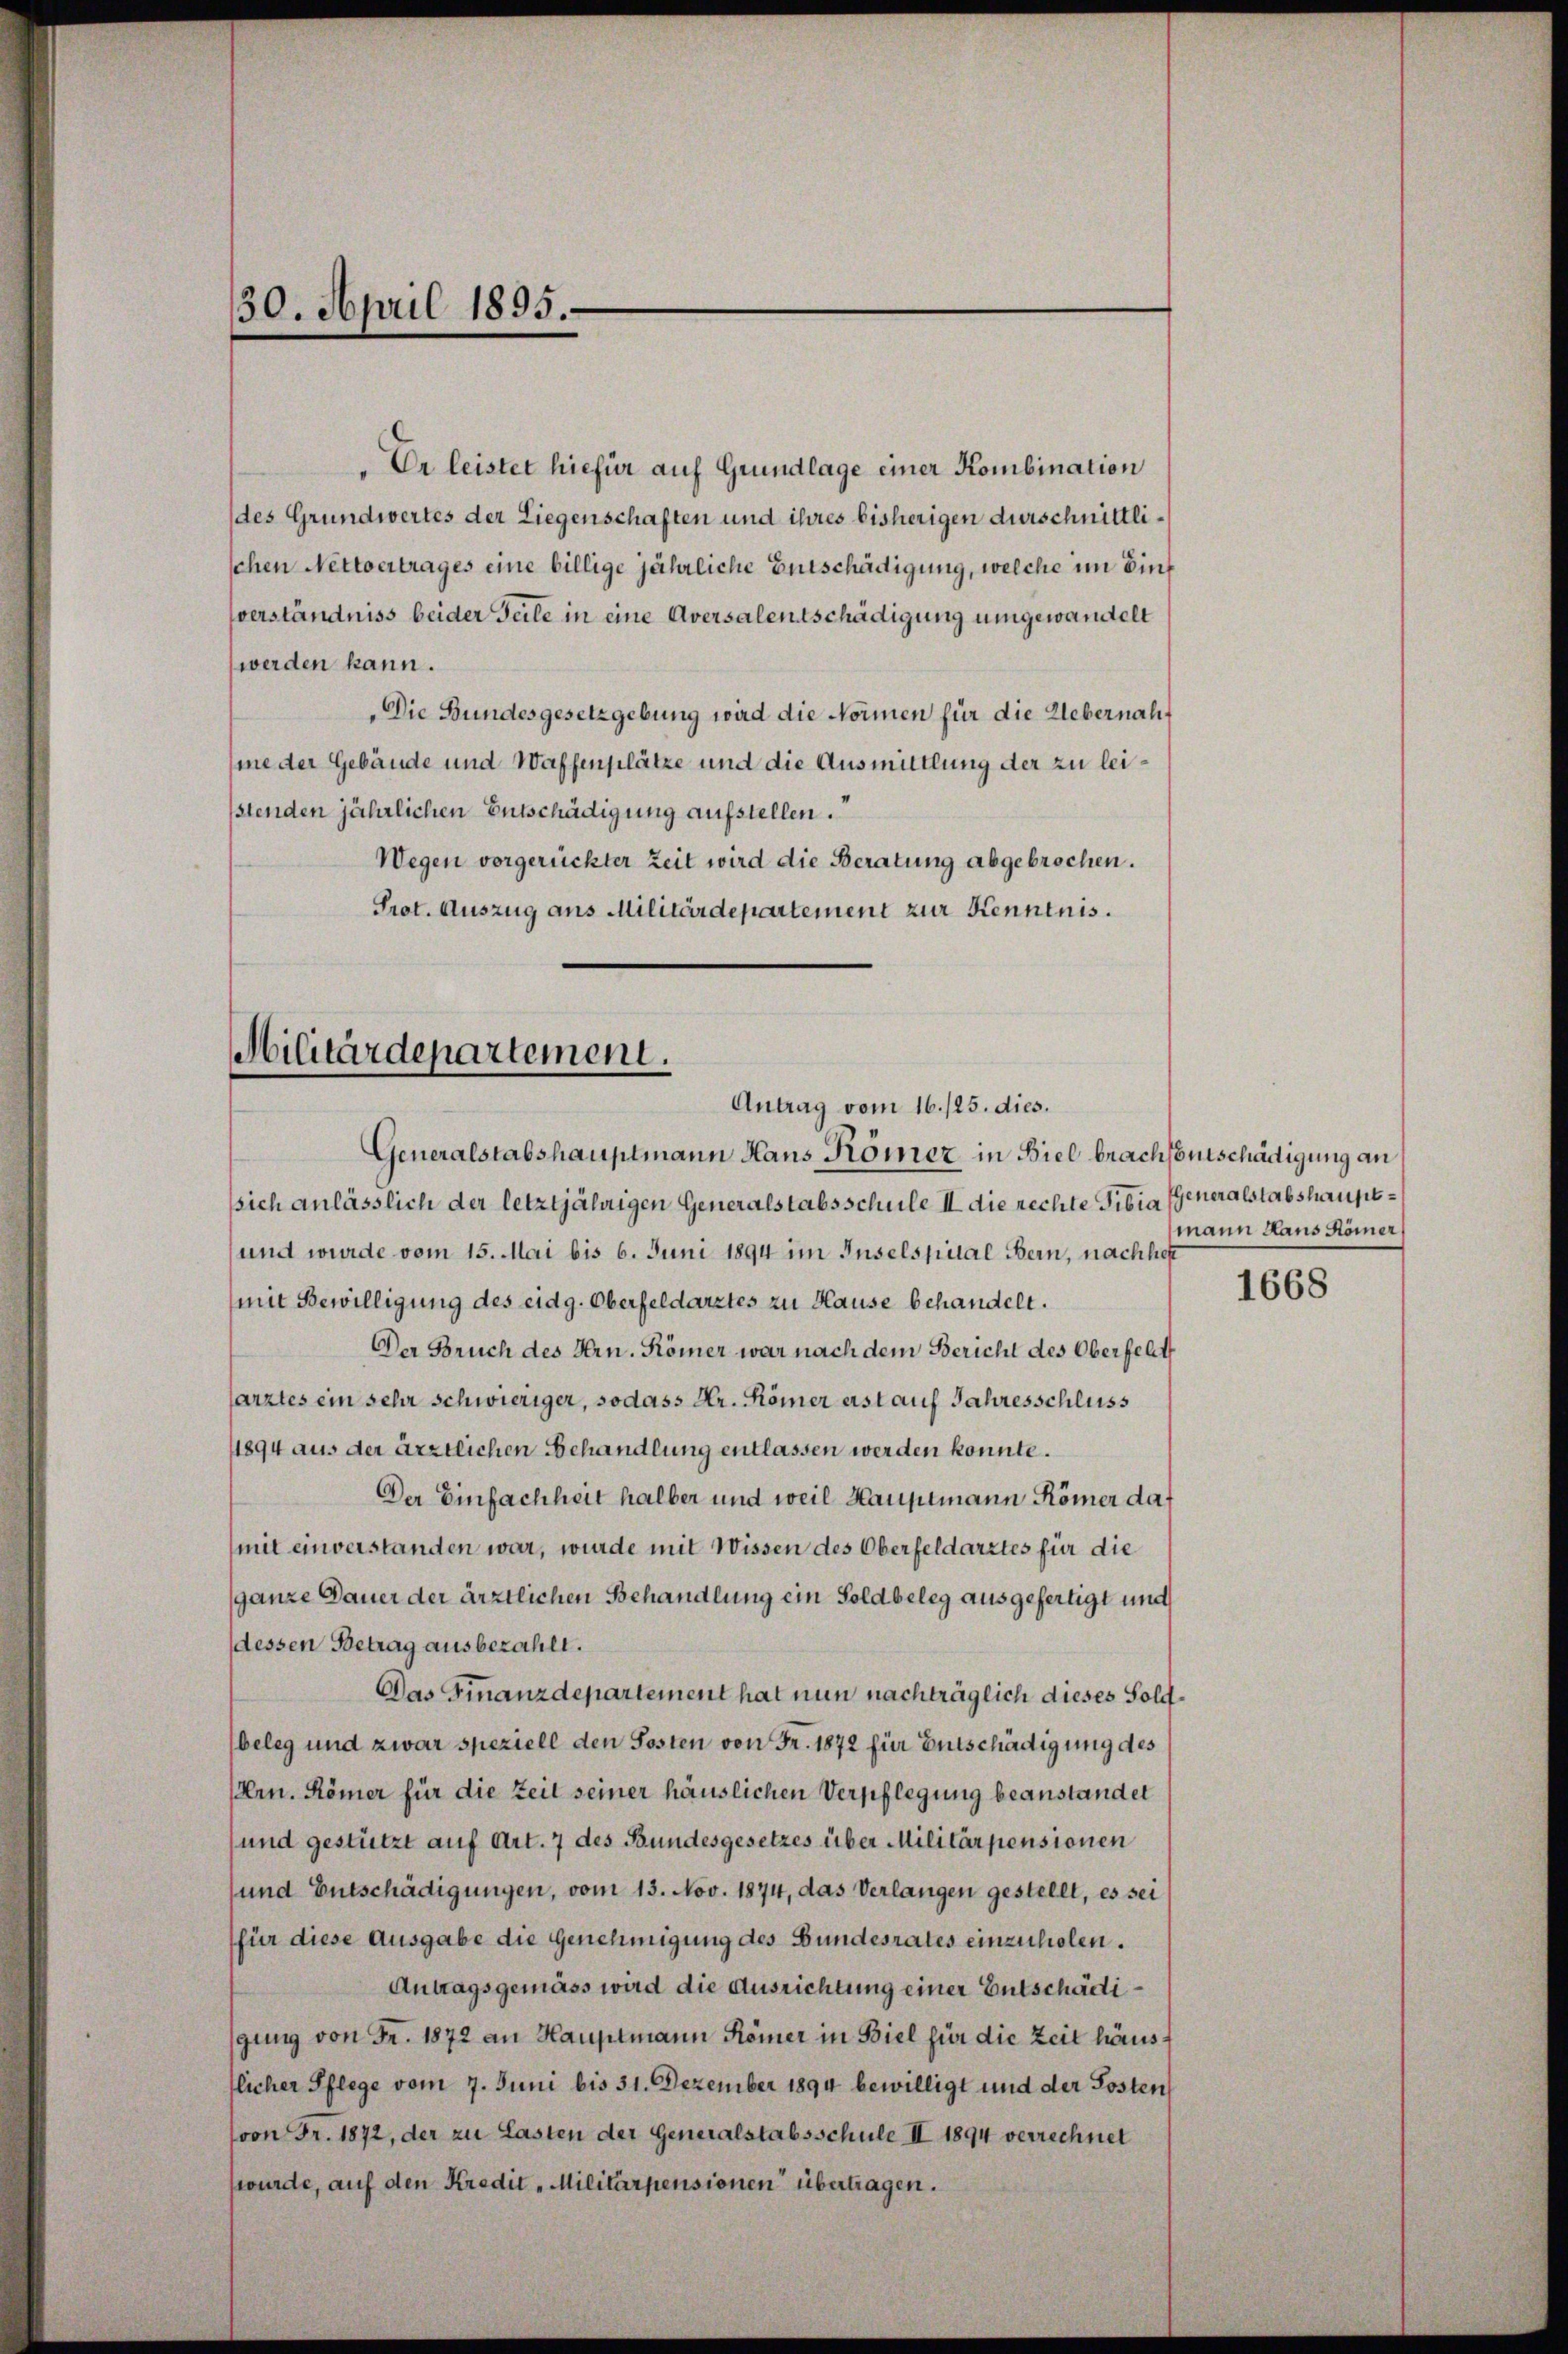
Dr leistet hiefür auf Grundlage einer Kombination
(des Grundwertes der Liegenschaften und ihres bisherigen durschnittlischen Nettoertrages eine billige jährliche Entschädigung, welche im Einverständniss beider Teile in eine Aversalentschädigung umgewandelt
werden kann.
Die Bundesgesetzgebung wird die Normen für die Uebernahme der Gebäude und Waffenplätze und die Ausmittlung der zu leistenden jährlichen Entschädigung aufstellen.
Wegen vorgerückter Zeit wird die Beratung abgebrochen.
Prot. Auszug aus Militärdepartement zur Kenntnis.

30. April 1895.

Militärdepartement.
Antrag vom 16./25. dies.
Generalstabshauptmann Haus Römer in Biel brachtentschädigung an

sich anlässlich der letztjährigen Generalstabsschule II. die rechte Tibia
und wurde vom 15. Mai bis 6. Juni 1894 im Inselspital Bern, nachheit
mit Bewilligung des eidg. Oberfeldarztes zu Hause behandelt.
Der Bruch des Hrn. Kömer war nach dem Bericht des Oberfelt
farztes ein sehr schwieriger, sodass Hr. Römer erst auf Jahresschluss
11894 aus der ärztlichen Behandlung entlassen werden konnte.
Der Einfachheit halber und weil Hauptmann Römer daf
(mit einverstanden war, wurde mit Wissen des Oberfeldarztes für die
ganze Dauer der ärztlichen Behandlung ein Sold beleg ausgefertigt und
dessen Betrag ausbezahlt.
Das Finanzdepartement hat nun nachträglich dieses Soldbeleg und zwar speziell den Posten von Fr. 1872 für Entschädigung des
(Hrn. Römer für die Zeit seiner häuslichen Verpflegung beanstandet
und gestützt auf Art. 7 des Bundesgesetzes über Militärpensionen
und Entschädigungen, vom 13. Nov. 1874, das Verlangen gestellt, es sei
(für diese Ausgabe die Genehmigung des Bundesrates einzuholen.
Antragsgemäss wird die Ausrichtung einer Entschädigung von Fr. 1872 an Hauptmann Römer in Biel für die Zeit häusflicher Pflege vom 7. Juni bis 31. Dezember 1894 bewilligt und der Posten
(von Fr. 1872, der zu Lasten der Generalstabsschule II 1894 verrechnet
wurde, auf den Kredit, Militärpensionen übertragen.

Generalstabshauptmann Haus Römer

1668